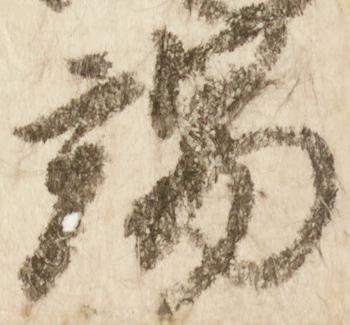
端